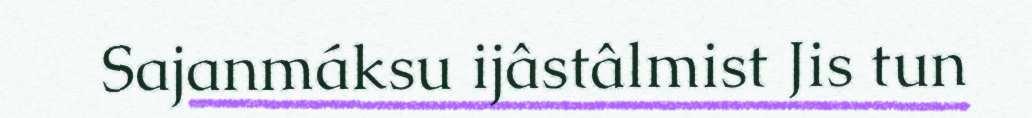
Sajanmáksu ijâstâlmist Jis tun